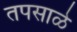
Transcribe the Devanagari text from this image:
तपसाळे